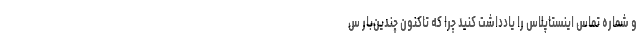
و شماره تماس اینستاپلاس را یادداشت کنید چرا که تاکنون چندین‌بار س